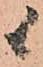
候